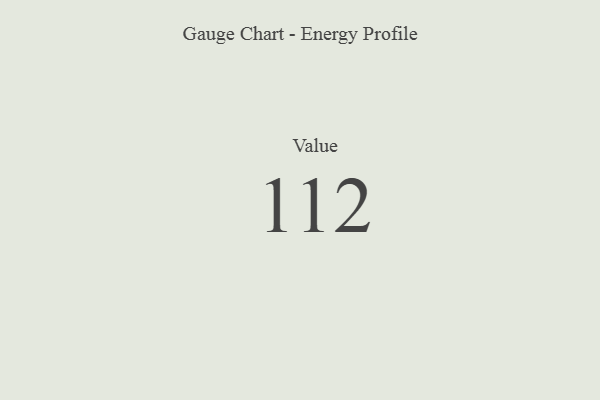
{"axis": {"x": "Metric", "y": "Value"}, "legend": [""], "data": [{"x": "Value", "y": 112, "type": ""}]}